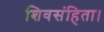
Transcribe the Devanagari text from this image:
शिवसंहिता।